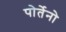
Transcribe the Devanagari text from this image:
पोर्तेनो